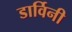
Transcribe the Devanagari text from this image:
डार्विनी